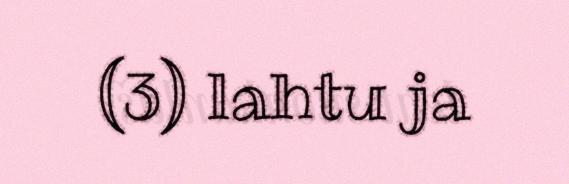
(3) lahtu ja